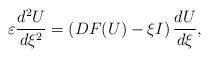
LaTeX: \begin{align*}\varepsilon \frac{d^2 U}{d \xi^2}=\left(DF(U)-\xi I\right)\frac{d U}{d \xi},\end{align*}